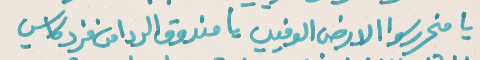
يا منحرر سوا الارض الوفيي   يا مندوق الردا من فرد كاسي